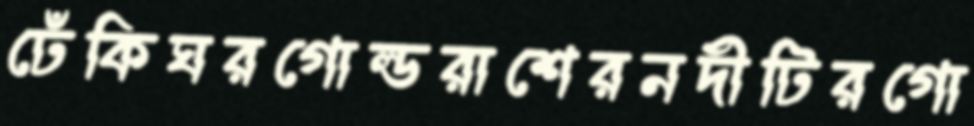
ঢেঁকিঘরগোল্ডরাশেরনদীটিরগো